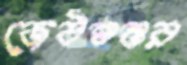
জেঠশ্বশুর